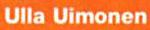
Ulla Uimonen